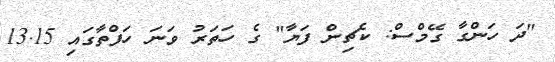
"ދަ ހަންގާ ގޭމްސް: ކެޗިން ފަޔާ" ގެ ހަތަރު ވަނަ ހަފްތާގައި 13.15